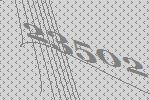
23502